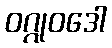
ဝဂ္ဂုဝဒေါ